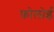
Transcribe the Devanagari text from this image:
फ़ोलोई